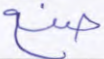
صنع